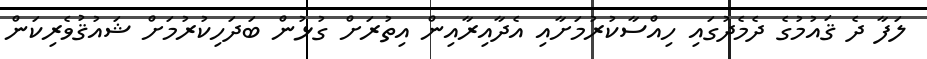
ލަފާ ދެ ޤައުމުގެ ދެމެދުގައި ހިއްސާކުރުމަށާއި އެދާއިރާއިން އިތުރަށް ގުޅުން ބަދަހިކުރުމަށް ޝައުޤުވެރިކަން